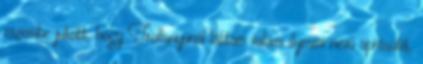
eszembe jutott, hogy Trollanyunál láttam valami ilyesmi nevű aprósütit,